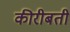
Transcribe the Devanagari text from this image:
कीरीबती